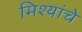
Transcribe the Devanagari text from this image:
मिश्यांचे